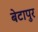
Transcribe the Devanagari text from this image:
बेटापुर